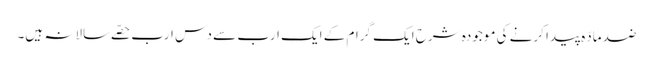
ضد مادّہ پیدا کرنے کی موجودہ شرح ایک گرام کے ایک ارب سے دس ارب حصّے سالانہ ہیں۔